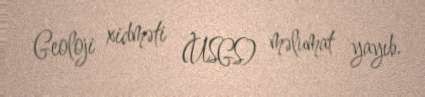
Geoloji xidməti (USGS) məlumat yayıb.